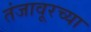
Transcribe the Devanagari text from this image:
तंजावूरच्या